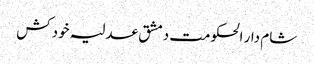
شام دار الحکومت دمشق عدلیہ خودکش